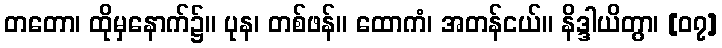
တတော၊ ထိုမှနောက်၌။ ပုန၊ တစ်ဖန်။ ထောကံ၊ အတန်ငယ်။ နိဒ္ဒါယိတွာ၊ [၀၇]